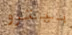
بيترو